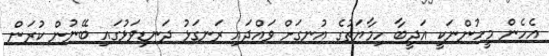
އެހެން މީހުންނަކީ އަދީބާ ހިމާޔަތުގެ އުނގަށް ވައްދަައި ރަނގަޅު ދަނޑިވަޅުގައި ބޭނުން ކުރަން